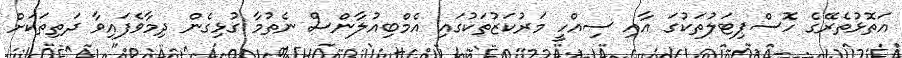
އަތޮޅުތެރޭގެ ހޮސްޕިޓަލުތަކުގަ އާއި ސިއްހީ މަރުކަޒުތަކުގައި އެމްބިއުލާންސް ނެތުމާ ގުޅިގެން ދިމާވެފައިވާ ދަތިތަކަށް